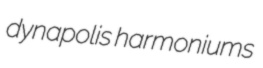
dynapolis harmoniums